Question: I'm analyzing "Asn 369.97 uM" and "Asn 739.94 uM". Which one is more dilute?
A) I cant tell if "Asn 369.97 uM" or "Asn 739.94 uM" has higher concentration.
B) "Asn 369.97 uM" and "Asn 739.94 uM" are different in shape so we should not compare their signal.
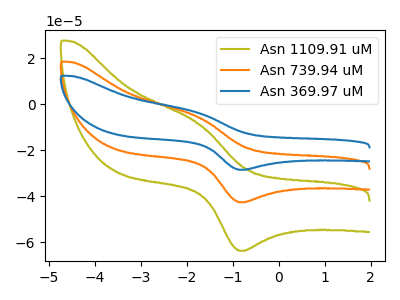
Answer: <think>The olive curve "Asn 1109.91 uM" has an anodic peak at (-1.80V, -10.45uA) and a cathodic peak at (-0.80V, -85.15uA). The orange curve "Asn 739.94 uM" has an anodic peak at (-1.80V, -5.25uA) and a cathodic peak at (-0.80V, -42.60uA). The blue curve "Asn 369.97 uM" has an anodic peak at (-1.80V, -3.50uA) and a cathodic peak at (-0.80V, -28.50uA).
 All the peaks in "Asn 369.97 uM" have a peak in "Asn 739.94 uM" at the same potential.</think>
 <answer>A) I cant tell if "Asn 369.97 uM" or "Asn 739.94 uM" has higher concentration.</answer>
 <eval>A</eval>